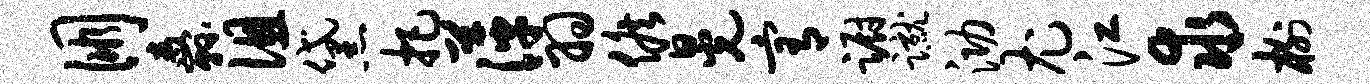
朋纛徂黛把萍羽候晃宥蹰蹴泐尤江求榭